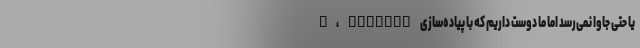
C، Fortran یا حتی جاوا نمی‌رسد اما ما دوست داریم که با پیاده‌سازی